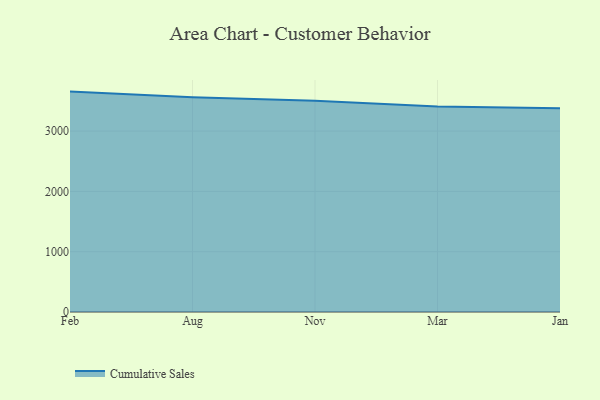
{"axis": {"x": "Month", "y": "Latency (ms)"}, "legend": ["Cumulative Sales"], "data": [{"x": "Feb", "y": 3655.1, "type": "Cumulative Sales"}, {"x": "Aug", "y": 3561.4, "type": "Cumulative Sales"}, {"x": "Nov", "y": 3504.4, "type": "Cumulative Sales"}, {"x": "Mar", "y": 3406.9, "type": "Cumulative Sales"}, {"x": "Jan", "y": 3379.3, "type": "Cumulative Sales"}]}